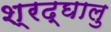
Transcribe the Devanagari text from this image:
श्रद्घालु